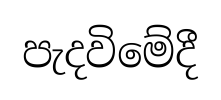
පැදවිමේදී